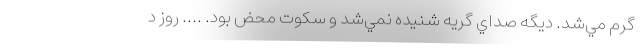
گرم مي‌شد. ديگه صداي گريه شنيده نمي‌شد و سكوت محض بود. .... روز د